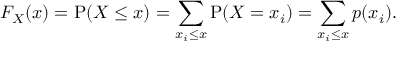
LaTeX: F _ { X } ( x ) = \operatorname { P } ( X \leq x ) = \sum _ { x _ { i } \leq x } \operatorname { P } ( X = x _ { i } ) = \sum _ { x _ { i } \leq x } p ( x _ { i } ) .